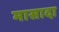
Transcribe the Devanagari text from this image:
मासादा